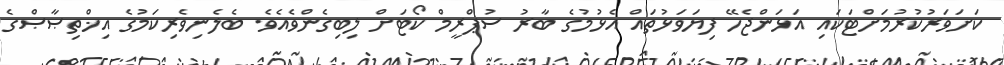
ކަށަވަރުކުރުމަށްޓަކައި އަޅަންޖެހޭ ފިޔަވަޅުތައް އެޅުމުގެ ބާރު ސުޕްރީމް ކޯޓަށް ލިބިގެންވެއެވެ. ބެލެނިވެރިކަމުގެ އިޚްތިޞާޞްގެ